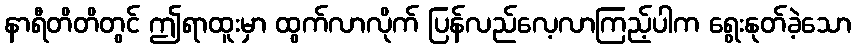
နာရီတိတိတွင် ဤရာထူးမှာ ထွက်လာလိုက် ပြန်လည်လေ့လာကြည့်ပါက ရွေးနုတ်ခဲ့သော